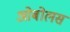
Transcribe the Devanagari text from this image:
ओबोलस